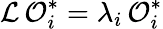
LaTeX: {\cal L\, O}_{i}^{*}=\lambda_{i}{\cal\, O}_{i}^{*}